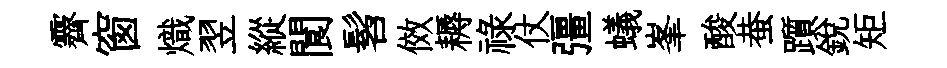
霽窗熾翌縱閬髫傚耨禄仗彊蟻峯酸蛬躓銳矩